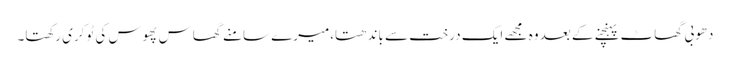
دھوبی گھاٹ پہنچنے کے بعد وہ مجھے ایک درخت سے باندھتا،میرے سامنے گھاس پھوس کی ٹوکری رکھتا۔